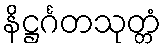
နိဋ္ဌင်္ဂတသုတ္တံ